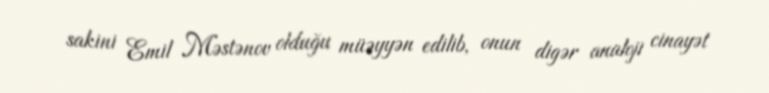
sakini Emil Məstənov olduğu müəyyən edilib, onun digər analoji cinayət